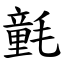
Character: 氃